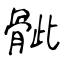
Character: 骴